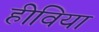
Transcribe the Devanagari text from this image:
हीविया